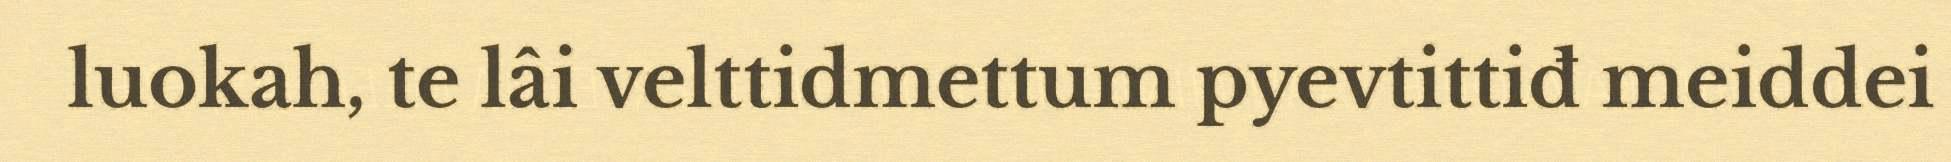
luokah, te lâi velttidmettum pyevtittiđ meiddei